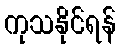
ကုသနိုင်ရန်